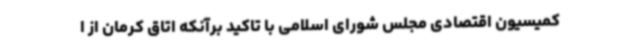
کمیسیون اقتصادی مجلس شورای اسلامی با تاکید برآنکه اتاق کرمان از ا